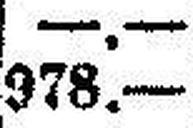
978.—